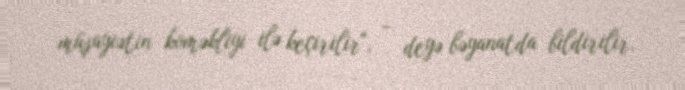
müşayiətin köməkliyi ilə keçirilir", - deyə bəyanatda bildirilir.